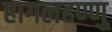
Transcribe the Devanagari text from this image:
हागलहण्णु